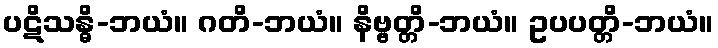
ပဋိသန္ဓိ-ဘယံ။ ဂတိ-ဘယံ။ နိဗ္ဗတ္တိ-ဘယံ။ ဥပပတ္တိ-ဘယံ။